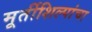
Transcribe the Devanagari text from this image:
मूर्तीशिल्पांचा